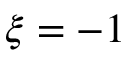
\xi = - 1